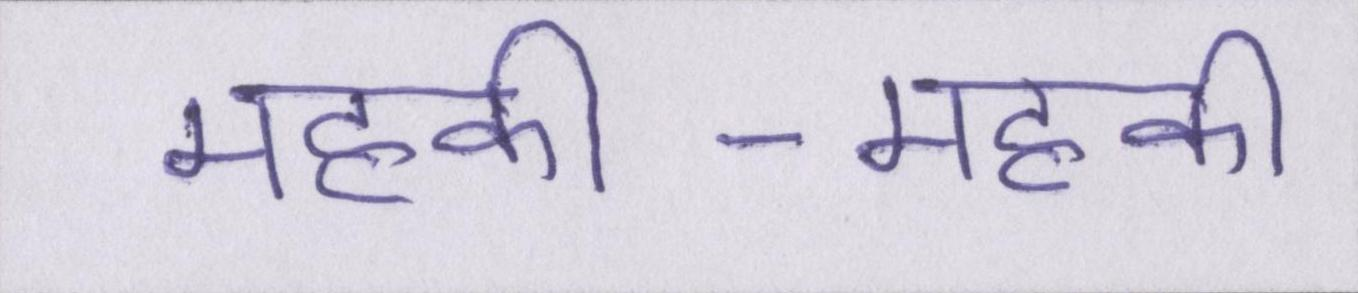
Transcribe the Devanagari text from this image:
महकी-महकी